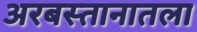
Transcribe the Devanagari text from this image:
अरबस्तानातला